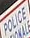
POLICE